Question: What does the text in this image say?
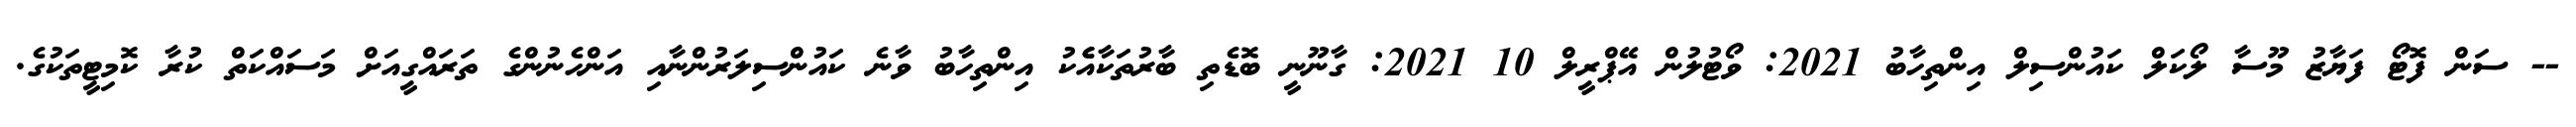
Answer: -- ސަން ފޮޓޯ ފަޔާޒު މޫސާ ލޯކަލް ކައުންސިލް އިންތިހާބު 2021: ވޯޓުލުން އޭޕްރީލް 10 2021: ގާނޫނީ ބޮޑެތި ބާރުތަކާއެެކު އިންތިހާބު ވާނެ ކައުންސިލަރުންނާއި އަންހެނުންގެ ތަރައްގީއަށް މަސައްކަތް ކުރާ ކޮމިޓީތަކުގެ.